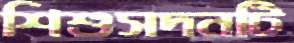
শিশুসদনটি